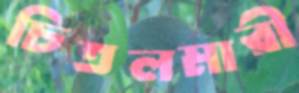
চিতলমারী